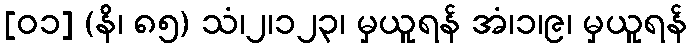
[၀၁] (နိ၊ ၈၅) သံ၊၂၊၁၂၃၊ မှယူရန် အံ၊၁၊၉၊ မှယူရန်